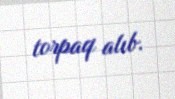
torpaq alıb.